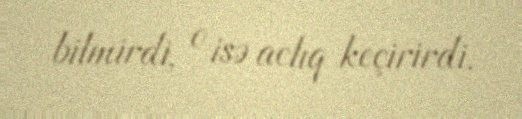
bilmirdi, o isə aclıq keçirirdi.